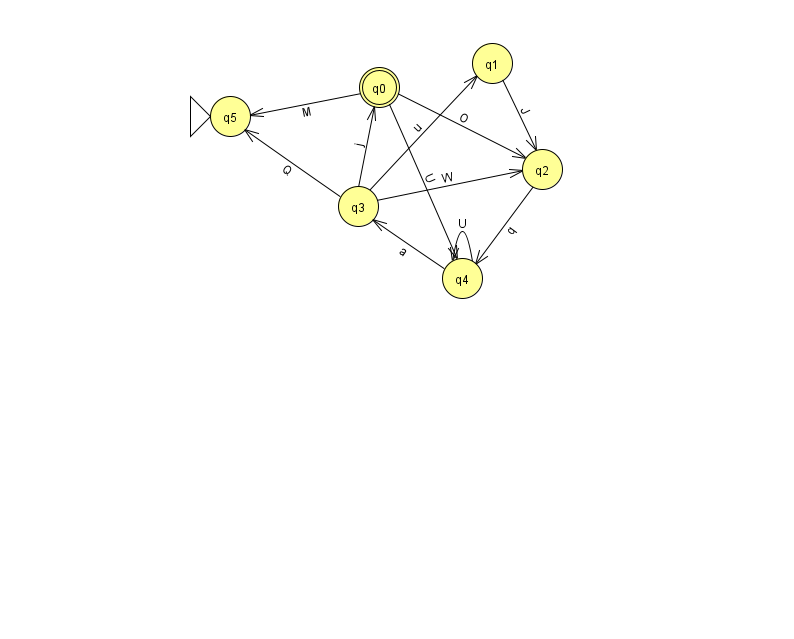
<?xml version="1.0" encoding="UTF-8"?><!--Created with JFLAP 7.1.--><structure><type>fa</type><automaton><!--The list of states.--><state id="0" name="q0"><x>379.0</x><y>74.0</y><final/></state><state id="1" name="q1"><x>492.0</x><y>50.0</y></state><state id="2" name="q2"><x>542.0</x><y>156.0</y></state><state id="3" name="q3"><x>358.0</x><y>193.0</y></state><state id="4" name="q4"><x>462.0</x><y>265.0</y></state><state id="5" name="q5"><x>230.0</x><y>103.0</y><initial/></state><!--The list of transitions.--><transition><from>1</from><to>2</to><read>J</read></transition><transition><from>4</from><to>3</to><read>a</read></transition><transition><from>3</from><to>0</to><read>j</read></transition><transition><from>3</from><to>1</to><read>u</read></transition><transition><from>3</from><to>5</to><read>Q</read></transition><transition><from>4</from><to>4</to><read>U</read></transition><transition><from>0</from><to>5</to><read>M</read></transition><transition><from>0</from><to>2</to><read>O</read></transition><transition><from>3</from><to>2</to><read>W</read></transition><transition><from>2</from><to>4</to><read>q</read></transition><transition><from>0</from><to>4</to><read>U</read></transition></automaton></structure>